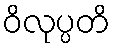
ဝိလုပ္ပတိ